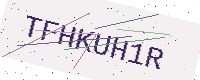
Text: TFHKUH1R